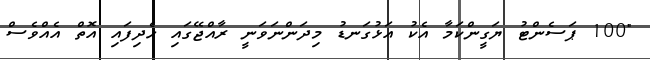
"100 ޕަސެންޓު ޔަގީންކަމާ އެކު އަޅުގަނޑު މިދަންނަވަނީ ރާއްޖޭގައި ހެދިފައި އޮތް އެއްވެސް